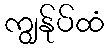
ကျွန်ုပ်ထံ